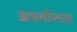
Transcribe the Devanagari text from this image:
अपर्यान्तता